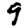
Digit: 9